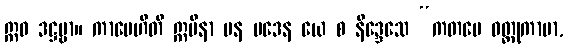
ဣဓ ဒဋ္ဌဗ္ဗာ။ ကာမေဟီတိ ဣမိနာ ပန ပဒေန ယေ စ နိဒ္ဒေသေ “ကတမေ ဝတ္ထုကာမာ,